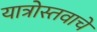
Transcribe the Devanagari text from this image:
यात्रोस्तवाचे